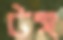
টঙ্গ